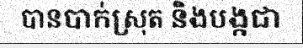
បានបាក់ស្រុត និងបង្កជា